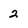
Character: 2